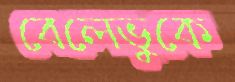
বেলেভুকে